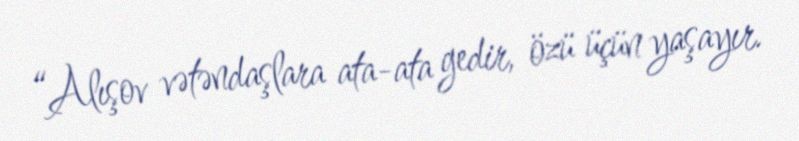
“Alışov vətəndaşlara ata-ata gedir, özü üçün yaşayır.